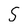
Character: 5